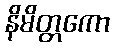
နိမိတ္တကော